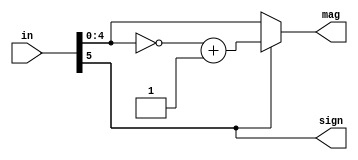
module Absoluter_adder(
        sign,
        mag,
        in
    );
    parameter w = 6;
    
    output sign;
    output reg [w-2:0]mag;
    input [w-1:0]in;
    
    assign sign = in[w-1];
    always @(*)begin
        if(in[w-1])begin
            if( in[w-2:0] == {1'b1,(w-2)*{1'b0}}) begin
                mag = {1'b0,(w-2)*{1'b1}};
            end
            else begin
                mag = ~in[w-2:0] + 1'b1;
            end
        end
        else begin
            mag = in[w-2:0];
        end
    end
endmodule